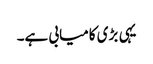
یہی بڑی کامیابی ہے۔